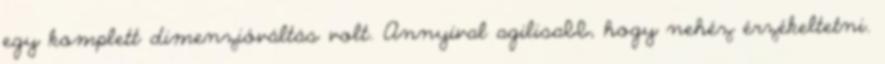
egy komplett dimenzióváltás volt. Annyival agilisabb, hogy nehéz érzékeltetni.